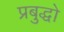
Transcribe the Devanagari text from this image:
प्रबुद्धो